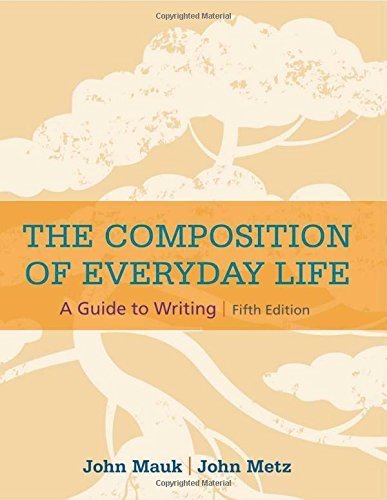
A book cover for The Composition of Everyday Life (The Composition of Everyday Life Series); John Mauk; Reference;